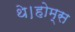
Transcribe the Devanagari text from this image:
थे।होम्स